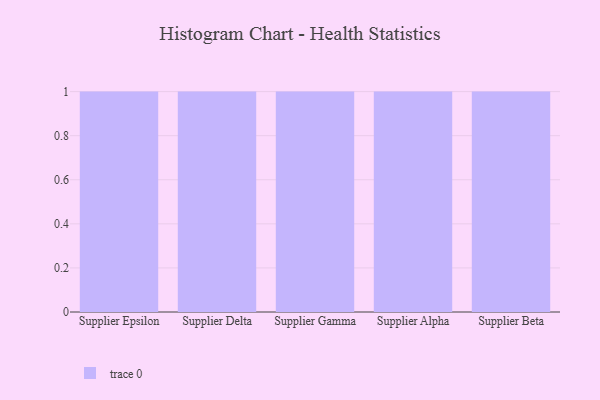
{"axis": {"x": "Supplier", "y": "Production Output"}, "legend": [""], "data": [{"x": "Supplier Epsilon", "y": 38, "type": ""}, {"x": "Supplier Delta", "y": 78, "type": ""}, {"x": "Supplier Gamma", "y": 11, "type": ""}, {"x": "Supplier Alpha", "y": 52, "type": ""}, {"x": "Supplier Beta", "y": 77, "type": ""}]}